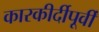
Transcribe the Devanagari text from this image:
कारकीर्दीपूर्वी